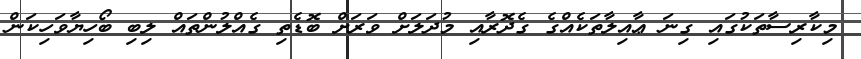
މިކާރިސާތަކުގައި ގިނަ ޢާއިލާތަކެއްގެ ގެދޮރާއި މުދަލަށް ވަރަށް ބޮޑެތި ގެއްލުންތައް ލިބި ބޯހިޔާވަހިކަން